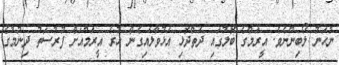
ނުހަނު ލޯބިންނެވެ. އީރަމްގެ ބޮލުގައި ދަތްދޮޅި އަޅުވާލައިގެން ހުރެ އީރަމްއަށް ފުރުސަތު ދިނުމުގެ